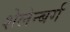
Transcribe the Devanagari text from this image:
शेलेन्बर्ग